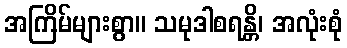
အကြိမ်များစွာ။ သမုဒါစရန္တိ၊ အလုံးစုံ